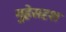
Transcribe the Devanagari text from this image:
गुहेसदृश